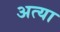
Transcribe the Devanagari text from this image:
अत्या